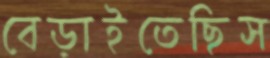
বেড়াইতেছিস